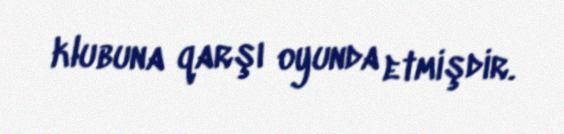
klubuna qarşı oyunda etmişdir.